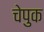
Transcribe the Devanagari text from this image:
चेपुक